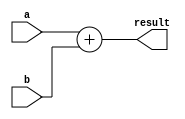
module Adder (
    a,
    b,
    result
);
  parameter word_len = 32;

  input [word_len - 1 : 0] a, b;

  output [word_len - 1 : 0] result;

  assign result = a + b;
endmodule